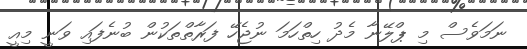
ނަމަވެސް މި ޕްލޭނާ މެދު ހިތްހަމަ ނުޖެހޭ ފަރާތްތަކުން ބުނެފައި ވަނީ މިއީ